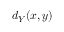
d _ { Y } ( x , y )